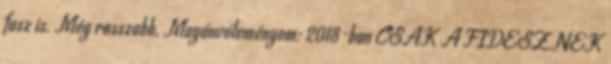
fasz is. Még rosszabb. Magánvéleményem: 2018-ban CSAK A FIDESZNEK